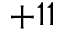
+ 1 1